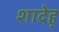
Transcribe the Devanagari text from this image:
शादेह्